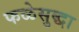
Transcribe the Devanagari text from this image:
फळेसुद्धा